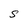
Character: S